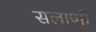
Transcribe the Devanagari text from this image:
सलाणी